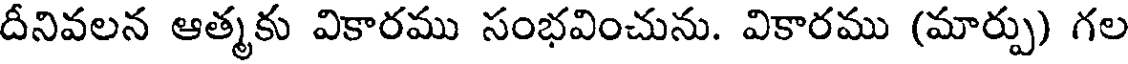
దీనివలన ఆత్మకు వికారము సంభవించును. వికారము (మార్పు) గల